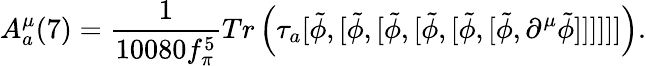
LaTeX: A_{a}^{\mu}(7)={\frac{1}{10080f_{\pi}^{5}}}Tr\left(\tau_{a}[{\tilde{\phi}},[{\tilde{\phi}},[{\tilde{\phi}},[{\tilde{\phi}},[{\tilde{\phi}},[{\tilde{\phi}},\partial^{\mu}{\tilde{\phi}}]]]]]]\right).